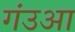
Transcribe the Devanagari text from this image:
गंउआ